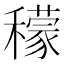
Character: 𥣛